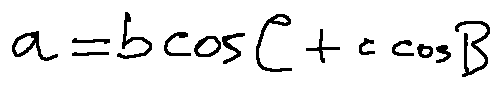
a = b \cos C + c \cos B